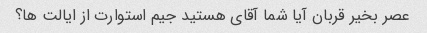
عصر بخیر قربان آیا شما آقای هستید جیم استوارت از ایالت ها؟